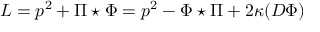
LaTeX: L = p ^ { 2 } + \Pi \star \Phi = p ^ { 2 } - \Phi \star \Pi + 2 \kappa ( D \Phi )